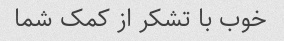
خوب با تشکر از کمک شما